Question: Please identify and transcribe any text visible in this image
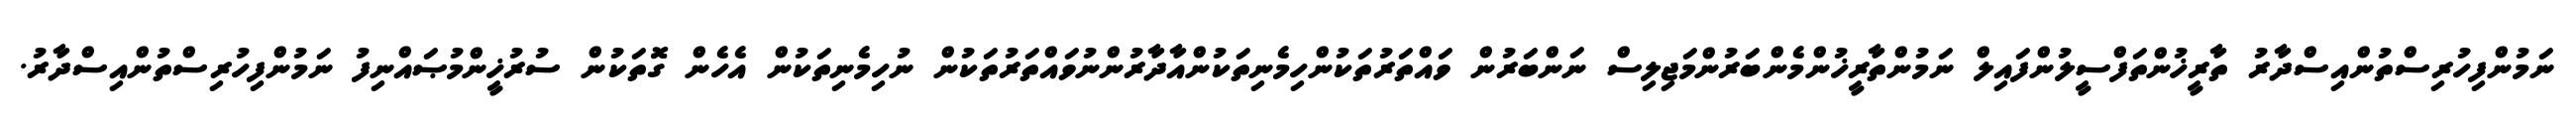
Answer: ނަމުންފިހުރިސްތުންއިސްދާރު ތާރީޚުންތަފްސީލުންފައިލް ނަމުންތާރީޚުންމެންބަރުންމަޖިލިސް ނަންބަރުން ވައްތަރުތަކުންހިމެނިތަކުންއާދާރުންނުވައްތަރުތަކުން ނުހިމެނިތަކުން އެހެން ގޮތަކުން ސުރުޚީންމުޞައްނިފު ނަމުންފިހުރިސްތުންއިސްދާރު.